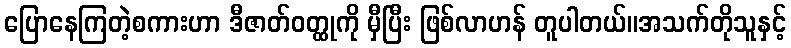
ပြောနေကြတဲ့စကားဟာ ဒီဇာတ်ဝတ္ထုကို မှီပြီး ဖြစ်လာဟန် တူပါတယ်။အသက်တိုသူနှင့်